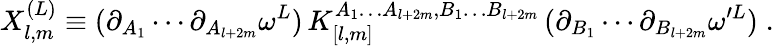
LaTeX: X_{l,m}^{(L)}\equiv(\partial_{A_{1}}\cdots\partial_{A_{l+2m}}\omega^{L})\, K_{[l,m]}^{A_{1}\dots A_{l+2m},B_{1}\dots B_{l+2m}}\, (\partial_{B_{1}}\cdots\partial_{B_{l+2m}}\omega^{\prime L})\; .